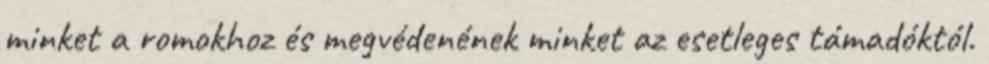
minket a romokhoz és megvédenének minket az esetleges támadóktól.